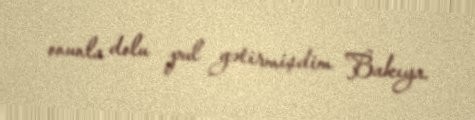
onunla dolu pul gətirmişdim Bakıya.